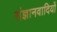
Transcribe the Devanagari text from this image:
संज्ञानवादियों